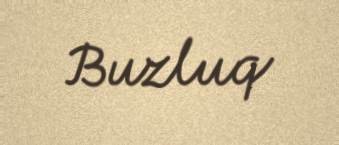
Buzluq